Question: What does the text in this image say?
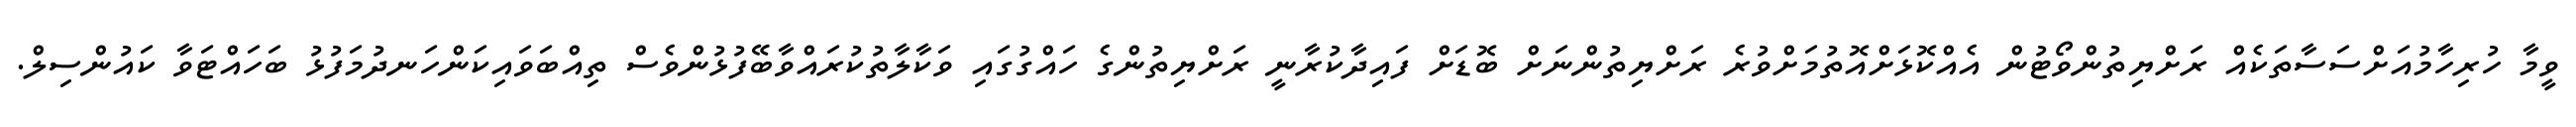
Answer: ވީމާ ހުރިހާމުއަށްސަސާތަކެއް ރަށްޔިތުންވޯޓުން އެއްކޮޅަށްއޮތުމަށްވުރެ ރަށްޔިތުންނަށް ބޮޑަށް ފައިދާކުރާނީ ރަށްޔިތުންގެ ހައްގުގައި ވަކާލާތުކުރައްވާބޭފުޅުންވެސް ތިއްބަވައިކަންހަނދުމަފުޅު ބަހައްޓަވާ ކައުންސިލް.